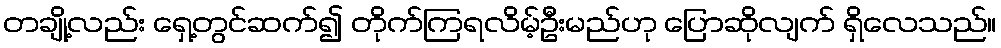
တချို့လည်း ရှေ့တွင်ဆက်၍ တိုက်ကြရလိမ့်ဦးမည်ဟု ပြောဆိုလျက် ရှိလေသည်။